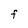
Character: F